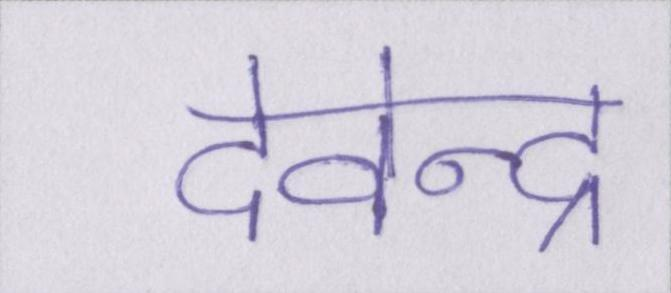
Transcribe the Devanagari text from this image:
देवेन्द्र